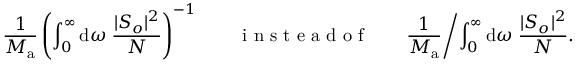
\frac { 1 } { M _ { \mathrm { a } } } \left( \int _ { 0 } ^ { \infty } \mathrm { d } \omega \; \frac { | S _ { o } | ^ { 2 } } { N } \right) ^ { - 1 } \qquad \mathrm { ~ i ~ n ~ s ~ t ~ e ~ a ~ d ~ o ~ f ~ } \qquad \frac { 1 } { M _ { \mathrm { a } } } \biggl / \int _ { 0 } ^ { \infty } \mathrm { d } \omega \; \frac { | S _ { o } | ^ { 2 } } { N } .